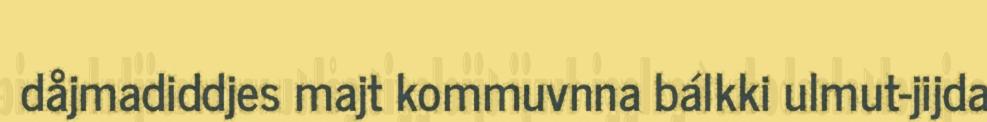
dåjmadiddjes majt kommuvnna bálkki ulmut-jijda